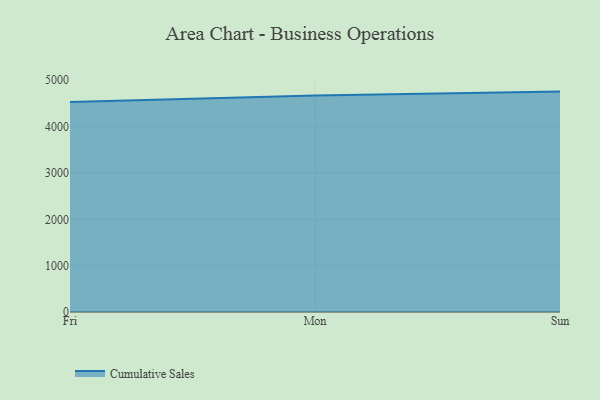
{"axis": {"x": "Day", "y": "Shipments"}, "legend": ["Cumulative Sales"], "data": [{"x": "Fri", "y": 4532.9, "type": "Cumulative Sales"}, {"x": "Mon", "y": 4672.2, "type": "Cumulative Sales"}, {"x": "Sun", "y": 4755.9, "type": "Cumulative Sales"}]}